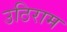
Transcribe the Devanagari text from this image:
उठिराम